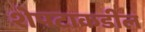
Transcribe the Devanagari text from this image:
शेपटाकडील